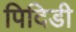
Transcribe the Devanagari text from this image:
पिदिडी